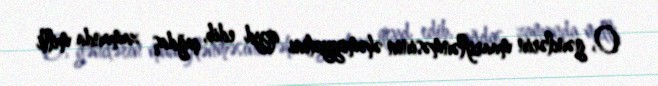
O, gənclərin maariflənməsinin əhəmiyyətini qeyd edib, çağdaş zamanda milli